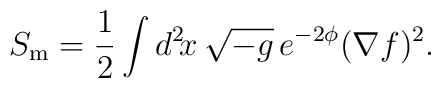
S_{\rm m} = \frac{1}{2} \int d^2\!x\, \sqrt{-g}\,  e^{-2\phi} (\nabla f)^2.